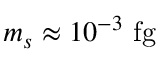
m _ { s } \approx 1 0 ^ { - 3 } ~ \mathrm { f g }